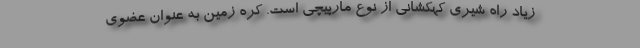
زیاد راه شیری کهکشانی از نوع مارپیچی است. کرهٔ زمین به عنوان عضوی